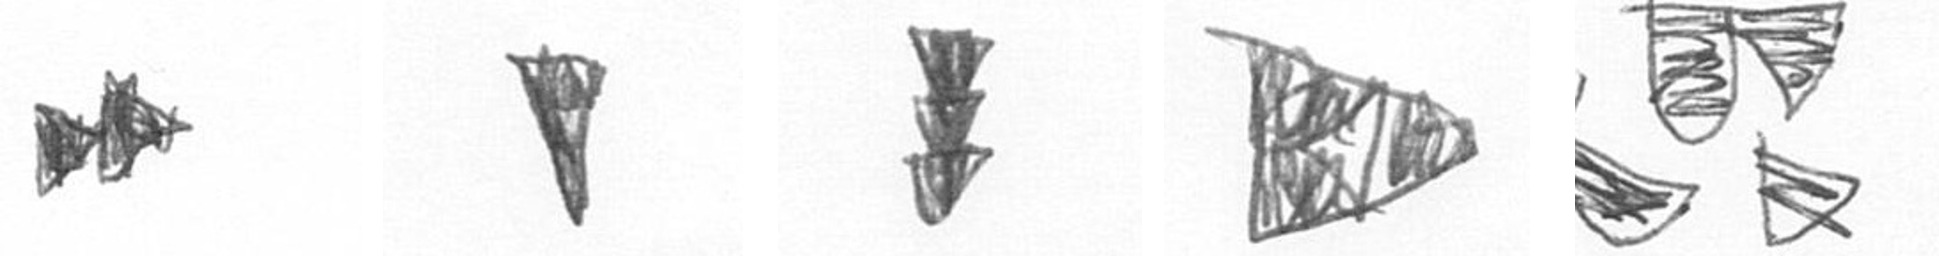
A J E K B